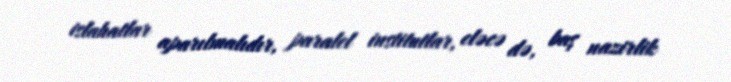
islahatlar aparılmalıdır, paralel institutlar, eləcə də, baş nazirlik